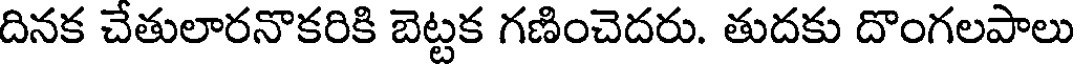
దినక చేతులారనొకరికి బెట్టక గణించెదరు. తుదకు దొంగలపాలు